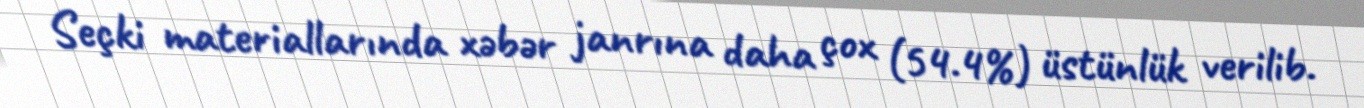
Seçki materiallarında xəbər janrına daha çox (54.4%) üstünlük verilib.